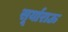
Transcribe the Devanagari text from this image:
सूर्याराऊ